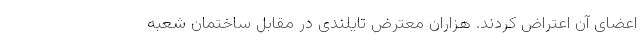
اعضای آن اعتراض کردند. هزاران معترض تایلندی در مقابل ساختمان شعبه